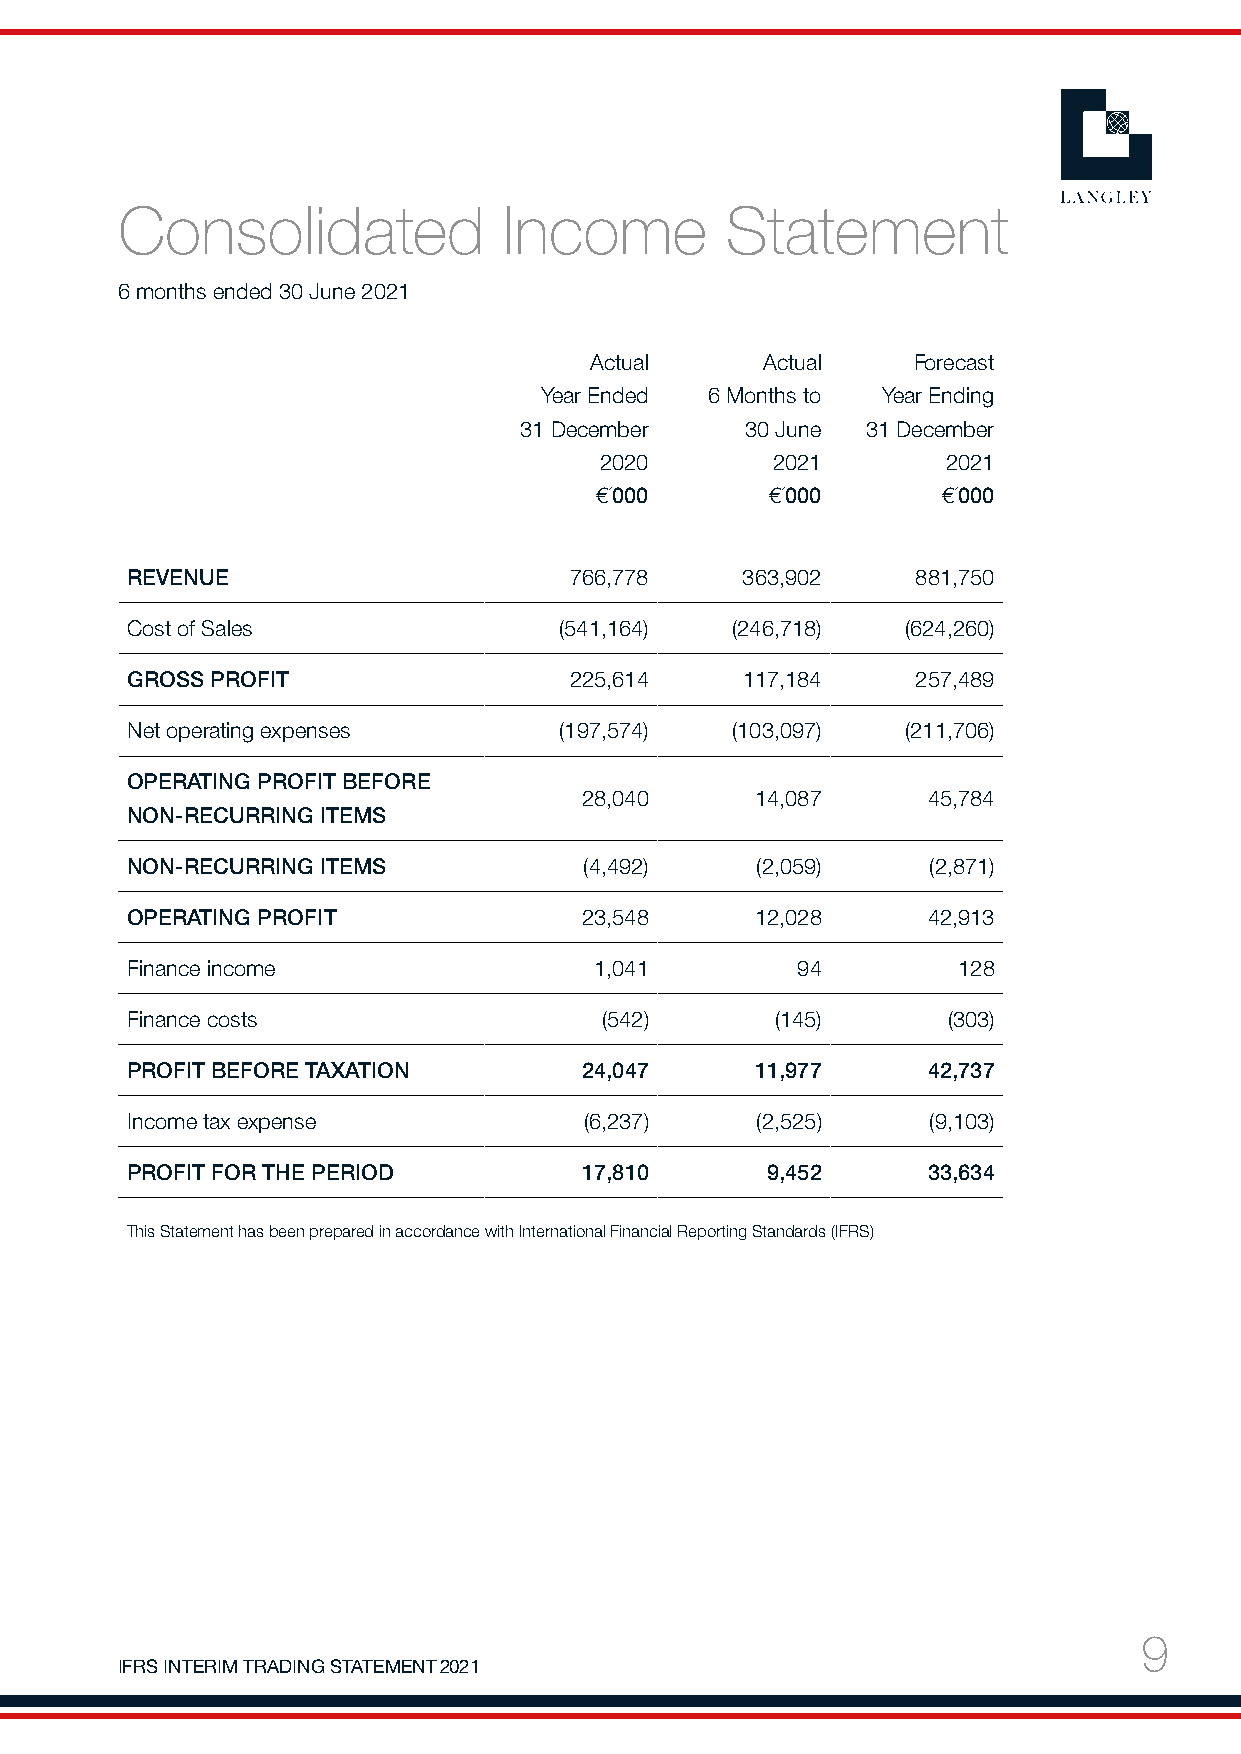
Consolidated             Income         Statement
 6 months ended 30 June 2021
 Actual     Actual    Forecast
 Year Ended 6 Months to Year Ending
 31 December    30 June 31 December
 2020       2021        2021
 €´000       €´000      €´000
 REVENUE                       766,778    363,902     881,750
 Cost of Sales                (541,164)  (246,718)   (624,260)
 GROSS PROFIT                  225,614    117,184     257,489
 Net operating expenses       (197,574)  (103,097)   (211,706)
 OPERATING PROFIT BEFORE
 28,040      14,087     45,784
 NON-RECURRING ITEMS
 NON-RECURRING ITEMS            (4,492)    (2,059)    (2,871)
 OPERATING PROFIT              23,548      12,028     42,913
 Finance income                 1,041         94        128
 Finance costs                   (542)      (145)       (303)
 PROFIT BEFORE TAXATION         24,047     11,977     42,737
 Income tax expense             (6,237)    (2,525)    (9,103)
 PROFIT FOR THE PERIOD          17,810      9,452     33,634
 This Statement has been prepared in accordance with International Financial Reporting Standards (IFRS)
 9
 IFRS INTERIM TRADING STATEMENT 2021